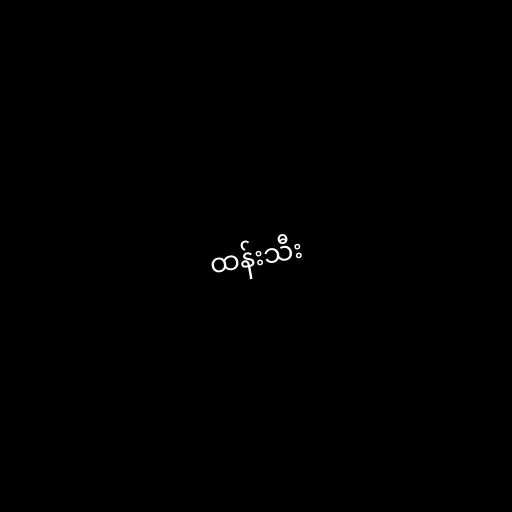
ထန်းသီး